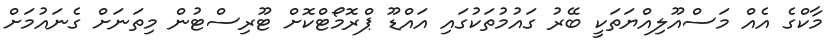
މާކްގެ އެއް މަސްއޫލިއްޔަތަކީ ބޭރު ގައުމުތަކުގައި އައްޑޫ ޕްރޮމޯޓްކޮށް ޓޫރިސްޓުން މިތަނަށް ގެނައުމަށް